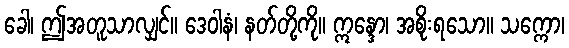
ခေါ၊ ဤအတူသာလျှင်။ ဒေဝါနံ၊ နတ်တို့ကို။ ဣန္ဒော၊ အစိုးရသော။ သက္ကော၊